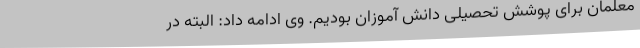
معلمان برای پوشش تحصیلی دانش آموزان بودیم. وی ادامه داد: البته در